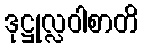
ဒုဋ္ဌုလ္လဝါစာတိ